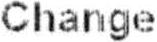
CHANGE